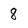
Character: 8